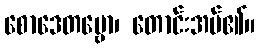
စောဒေတဗ္ဗော၊ တောင်းအပ်၏။